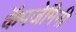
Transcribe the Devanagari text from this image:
कॅपजेमिनी